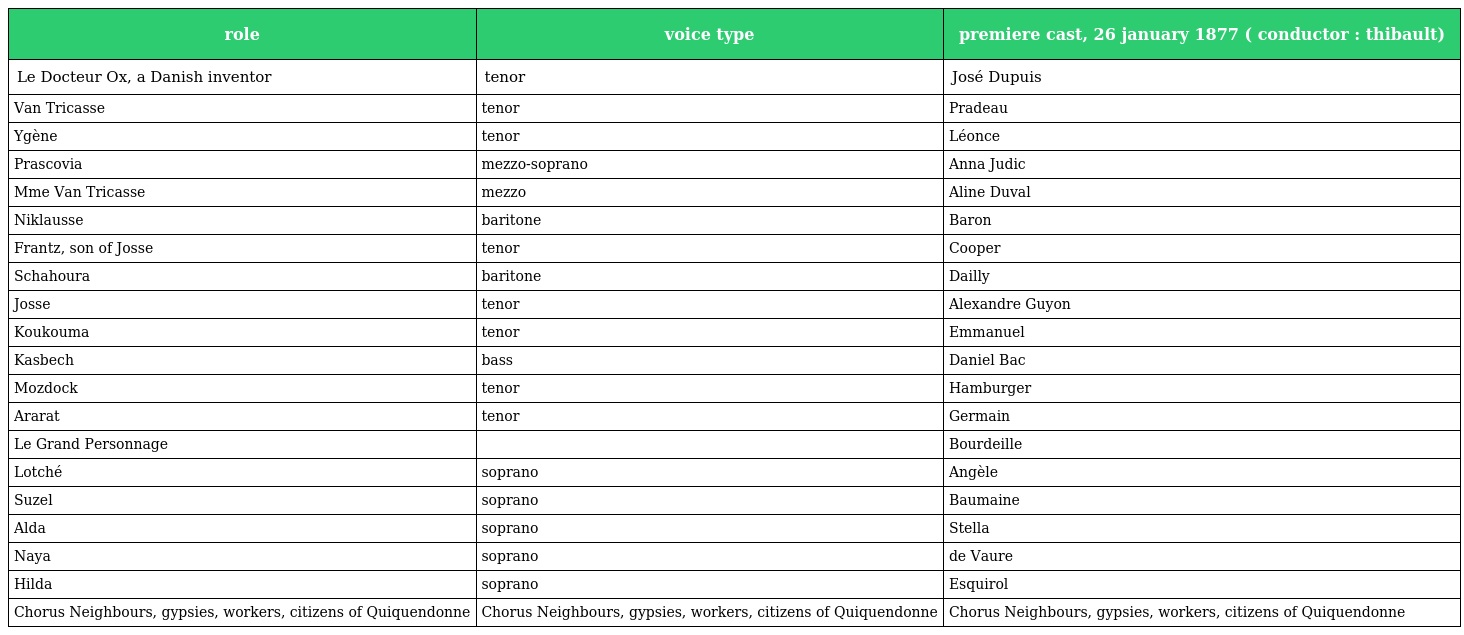
| role | voice type | premiere cast, 26 january 1877 ( conductor : thibault) |
 | --- | --- | --- |
 | Le Docteur Ox, a Danish inventor | tenor | José Dupuis |
 | Van Tricasse | tenor | Pradeau |
 | Ygène | tenor | Léonce |
 | Prascovia | mezzo-soprano | Anna Judic |
 | Mme Van Tricasse | mezzo | Aline Duval |
 | Niklausse | baritone | Baron |
 | Frantz, son of Josse | tenor | Cooper |
 | Schahoura | baritone | Dailly |
 | Josse | tenor | Alexandre Guyon |
 | Koukouma | tenor | Emmanuel |
 | Kasbech | bass | Daniel Bac |
 | Mozdock | tenor | Hamburger |
 | Ararat | tenor | Germain |
 | Le Grand Personnage |  | Bourdeille |
 | Lotché | soprano | Angèle |
 | Suzel | soprano | Baumaine |
 | Alda | soprano | Stella |
 | Naya | soprano | de Vaure |
 | Hilda | soprano | Esquirol |
 | Chorus Neighbours, gypsies, workers, citizens of Quiquendonne | Chorus Neighbours, gypsies, workers, citizens of Quiquendonne | Chorus Neighbours, gypsies, workers, citizens of Quiquendonne |